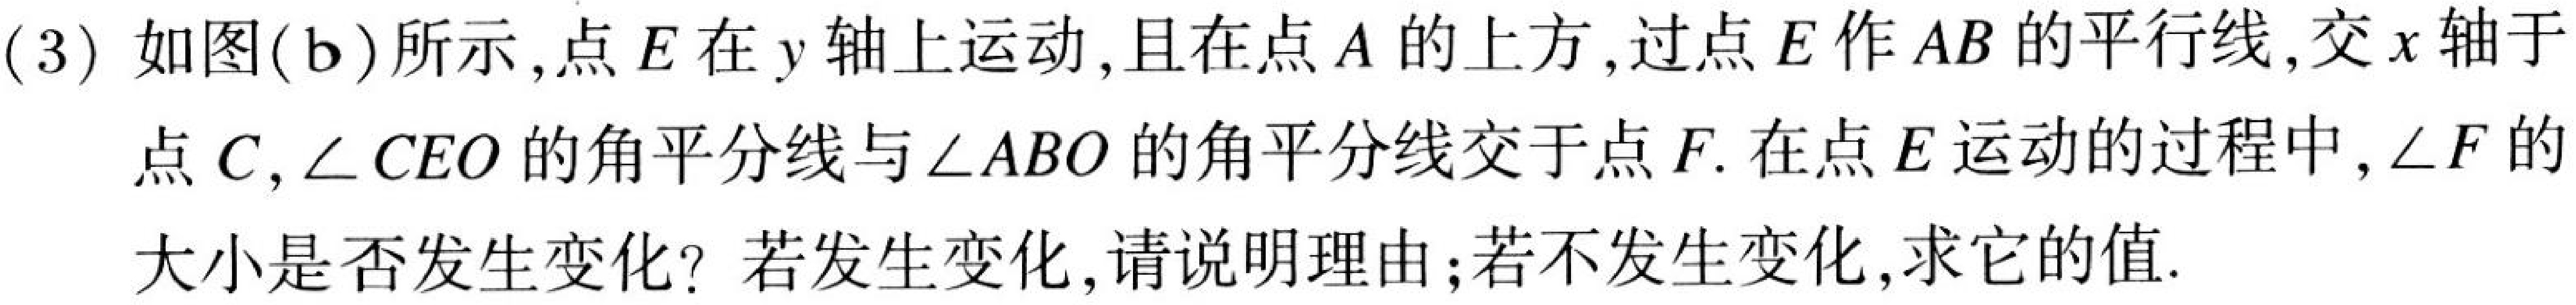
(3)如图(b)所示,点\(E\)在\(y\)轴上运动,且在点\(A\)的上方,过点\(E\)作\(AB\)的平行线,交\(x\)轴于
点\(C\),\(\angle CEO\)的角平分线与\(\angle ABO\)的角平分线交于点\(F\).在点\(E\)运动的过程中,\(\angle F\)的
大小是否发生变化?若发生变化,请说明理由;若不发生变化,求它的值.